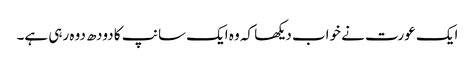
ایک عورت نے خواب دیکھا کہ وہ ایک سانپ کا دودھ دوہ رہی ہے۔